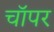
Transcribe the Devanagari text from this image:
चॉपर